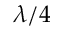
\lambda / 4